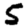
Digit: 5